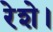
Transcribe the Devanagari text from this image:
रेशे।